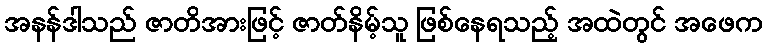
အနန်ဒါသည် ဇာတိအားဖြင့် ဇာတ်နိမ့်သူ ဖြစ်နေရသည့် အထဲတွင် အဖေက